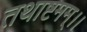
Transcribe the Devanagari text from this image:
तथाष्टमम्।।